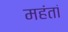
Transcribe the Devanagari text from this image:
महंतां